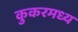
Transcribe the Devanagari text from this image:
कुकरमध्य